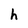
Character: h